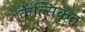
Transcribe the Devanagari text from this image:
केल्सिकृत